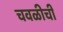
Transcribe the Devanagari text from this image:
चवळीची